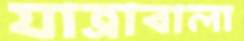
যাত্রাবালা